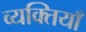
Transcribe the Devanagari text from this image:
व्यक्तियाँ